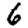
Digit: 6